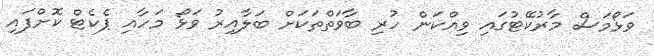
ވަޅޯމަސް މާރުކޭޓުގައި ވިއްކަން ހުރި ބާވަތްތަކަށް ބަލާއިރު ވަޅޯ މަހާއި ޕެކެޓް ކޮށްފައި